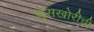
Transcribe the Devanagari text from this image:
घुसखोरीची